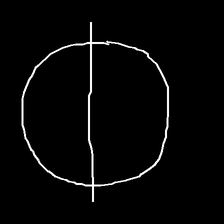
Glyph: orb